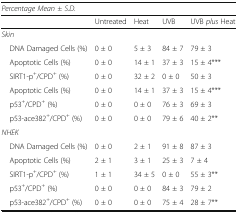
<table><thead><tr><td colspan="5"><b><i>Percentage Mean ± S.D.</i></b></td></tr><tr><td></td><td><b>Untreated</b></td><td><b>Heat</b></td><td><b>UVB</b></td><td><b>UVB <i>plus</i> Heat</b></td></tr></thead><tbody><tr><td colspan="5"><i>Skin</i></td></tr><tr><td> DNA Damaged Cells (%)</td><td>0 ± 0</td><td>5 ± 3</td><td>84 ± 7</td><td>79 ± 3</td></tr><tr><td> Apoptotic Cells (%)</td><td>0 ± 0</td><td>14 ± 1</td><td>37 ± 3</td><td>15 ± 4***</td></tr><tr><td> SIRT1-p<sup>+</sup>/CPD<sup>+</sup> (%)</td><td>0 ± 0</td><td>32 ± 2</td><td>0 ± 0</td><td>50 ± 3</td></tr><tr><td> Apoptotic Cells (%)</td><td>0 ± 0</td><td>14 ± 1</td><td>37 ± 3</td><td>15 ± 4***</td></tr><tr><td> p53<sup>+</sup>/CPD<sup>+</sup> (%)</td><td>0 ± 0</td><td>0 ± 0</td><td>76 ± 3</td><td>69 ± 3</td></tr><tr><td> p53-ace382<sup>+</sup>/CPD<sup>+</sup> (%)</td><td>0 ± 0</td><td>0 ± 0</td><td>79 ± 6</td><td>40 ± 2**</td></tr><tr><td colspan="5"><i>NHEK</i></td></tr><tr><td> DNA Damaged Cells (%)</td><td>0 ± 0</td><td>2 ± 1</td><td>91 ± 8</td><td>87 ± 3</td></tr><tr><td> Apoptotic Cells (%)</td><td>2 ± 1</td><td>3 ± 1</td><td>25 ± 3</td><td>7 ± 4</td></tr><tr><td> SIRT1-p<sup>+</sup>/CPD<sup>+</sup> (%)</td><td>1 ± 1</td><td>34 ± 5</td><td>0 ± 0</td><td>55 ± 3**</td></tr><tr><td> p53<sup>+</sup>/CPD<sup>+</sup> (%)</td><td>0 ± 0</td><td>0 ± 0</td><td>84 ± 3</td><td>79 ± 2</td></tr><tr><td> p53-ace382<sup>+</sup>/CPD<sup>+</sup> (%)</td><td>0 ± 0</td><td>0 ± 0</td><td>75 ± 4</td><td>28 ± 7**</td></tr></tbody></table>